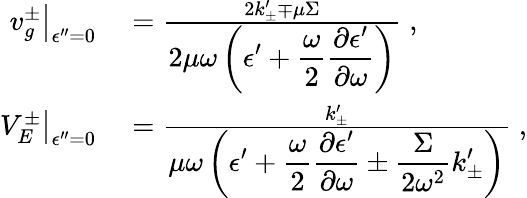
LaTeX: \begin{array}{rl}{\left.v_{g}^{\pm}\right|_{\epsilon^{\prime\prime}=0}}&{{}=\frac{2k_{\pm}^{\prime}\mp\mu\Sigma}{\displaystyle{2\mu\omega}\left(\epsilon^{\prime}+\frac{\omega}{2}\frac{\partial\epsilon^{\prime}}{\partial\omega}\right)}\; ,}\\ {\left.V_{E}^{\pm}\right|_{\epsilon^{\prime\prime}=0}}&{{}=\frac{k_{\pm}^{\prime}}{\displaystyle\mu\omega\left(\epsilon^{\prime}+\frac{\omega}{2}\frac{\partial\epsilon^{\prime}}{\partial\omega}\pm\frac{\Sigma}{2\omega^{2}}k_{\pm}^{\prime}\right)}\; ,}\end{array}